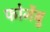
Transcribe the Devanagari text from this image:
फोर्नेबु